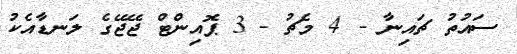
ސައުތު ޗައިނާ - 4 މެޗު - 3 ޕޮއިންޓް ޖޭޖޭގެ ލަނޑާއެކު